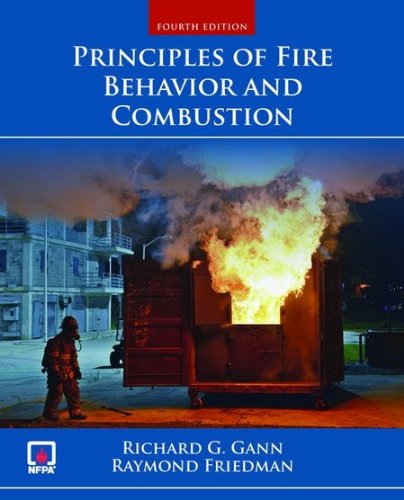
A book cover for Principles Of Fire Behavior And Combustion; Richard Gann; Science & Math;